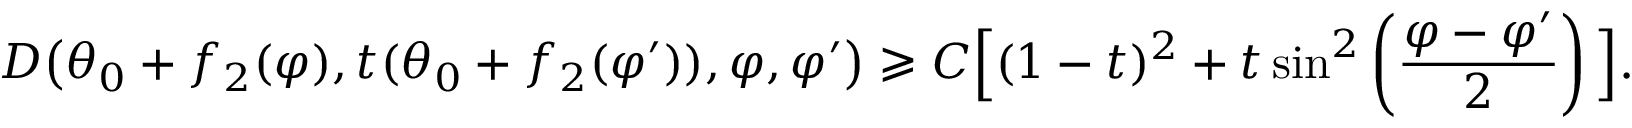
D \big ( \theta _ { 0 } + f _ { 2 } ( \varphi ) , t ( \theta _ { 0 } + f _ { 2 } ( \varphi ^ { \prime } ) ) , \varphi , \varphi ^ { \prime } \big ) \geqslant C \Big [ ( 1 - t ) ^ { 2 } + t \sin ^ { 2 } \left( \frac { \varphi - \varphi ^ { \prime } } { 2 } \right) \Big ] .